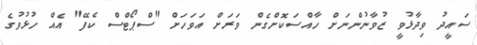
ސައީދު ވިދާޅުވީ ޒުވާނުންނަށް ހާއްސަކޮށްގެން ވަރަށް އަވަހަށް "ސްޕޯޓްސް ކެފޭ" އެއް ހުޅުވުުގެ